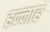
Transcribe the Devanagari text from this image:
हन्नाह